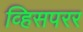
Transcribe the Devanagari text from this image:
व्हिसपरर